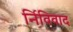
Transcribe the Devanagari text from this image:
र्निविवाद